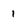
Character: i